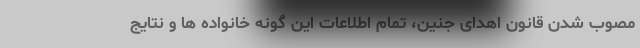
مصوب شدن قانون اهدای جنین، تمام اطلاعات این گونه خانواده ها و نتایج